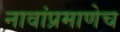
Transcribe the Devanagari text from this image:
नावांप्रमाणेच